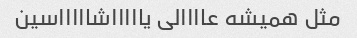
مثل همیشه عاااالی یاااااشاااااسین